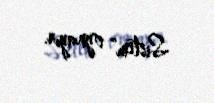
Sistem” oynayır.